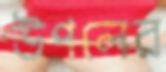
উপলের